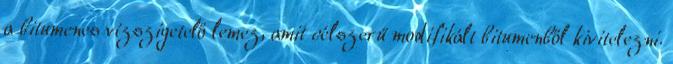
a bitumenes vízszigetelő lemez, amit célszerű modifikált bitumenből kivitelezni.